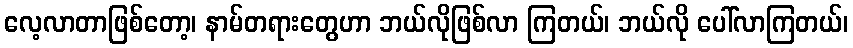
လေ့လာတာဖြစ်တော့၊ နာမ်တရားတွေဟာ ဘယ်လိုဖြစ်လာ ကြတယ်၊ ဘယ်လို ပေါ်လာကြတယ်၊